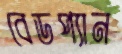
বেডপ্যান